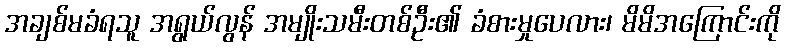
အချစ်မခံရသူ အရွယ်လွန် အမျိုးသမီးတစ်ဦး၏ ခံစားမှုပေလား၊ မိမိအကြောင်းကို